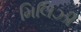
મિલિઝી